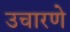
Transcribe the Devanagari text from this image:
उचारणे